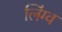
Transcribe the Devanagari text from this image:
लिंग्व